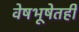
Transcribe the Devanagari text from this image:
वेषभूषेतही